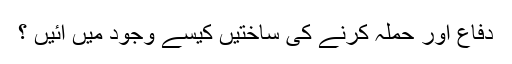
دفاع اور حملہ کرنے کی ساختیں کیسے وجود میں آئیں ؟